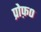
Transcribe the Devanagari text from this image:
प्रोफ़०